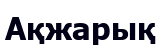
Ақжарық